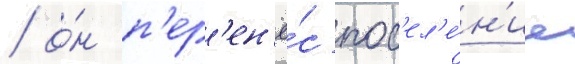
/ о́н п'ер'ен'ё́с пос'ел'е́н'ие